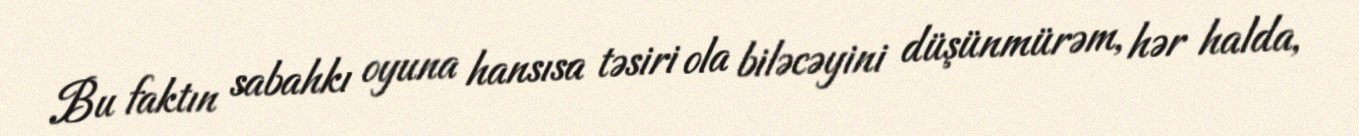
Bu faktın sabahkı oyuna hansısa təsiri ola biləcəyini düşünmürəm, hər halda,